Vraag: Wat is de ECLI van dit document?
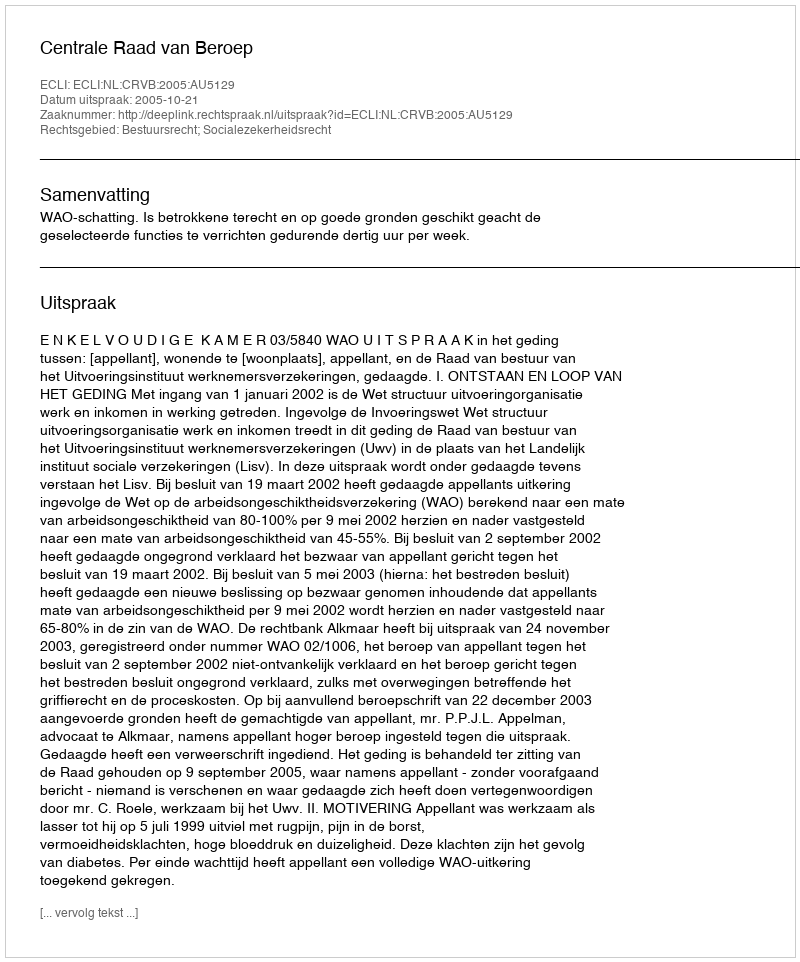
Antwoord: ECLI:NL:CRVB:2005:AU5129